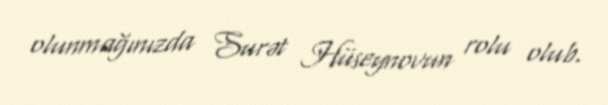
olunmağınızda Surət Hüseynovun rolu olub.